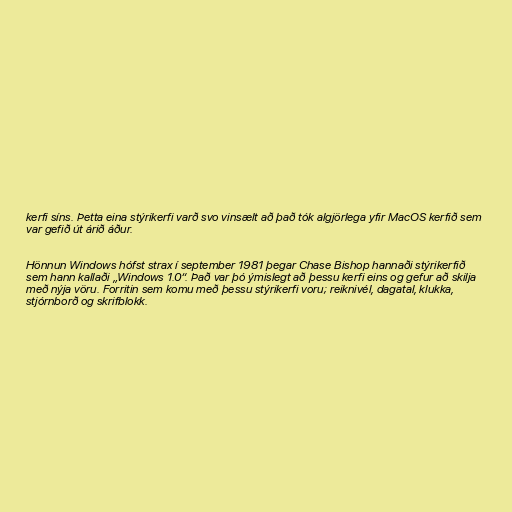
kerfi síns. Þetta eina stýrikerfi varð svo vinsælt að það tók algjörlega yfir MacOS kerfið sem
var gefið út árið áður.

Hönnun Windows hófst strax í september 1981 þegar Chase Bishop hannaði stýrikerfið
sem hann kallaði „Windows 1.0“. Það var þó ýmislegt að þessu kerfi eins og gefur að skilja
með nýja vöru. Forritin sem komu með þessu stýrikerfi voru; reiknivél, dagatal, klukka,
stjórnborð og skrifblokk.